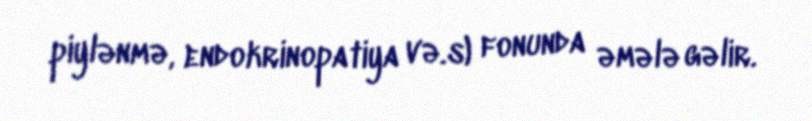
piylənmə, endokrinopatiya və.s) fonunda əmələ gəlir.